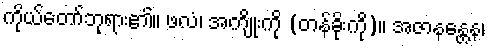
ကိုယ်တော်ဘုရား၏။ ဖလံ၊ အကျိုးကို (တန်ခိုးကို)။ အဇာနန္တေန၊